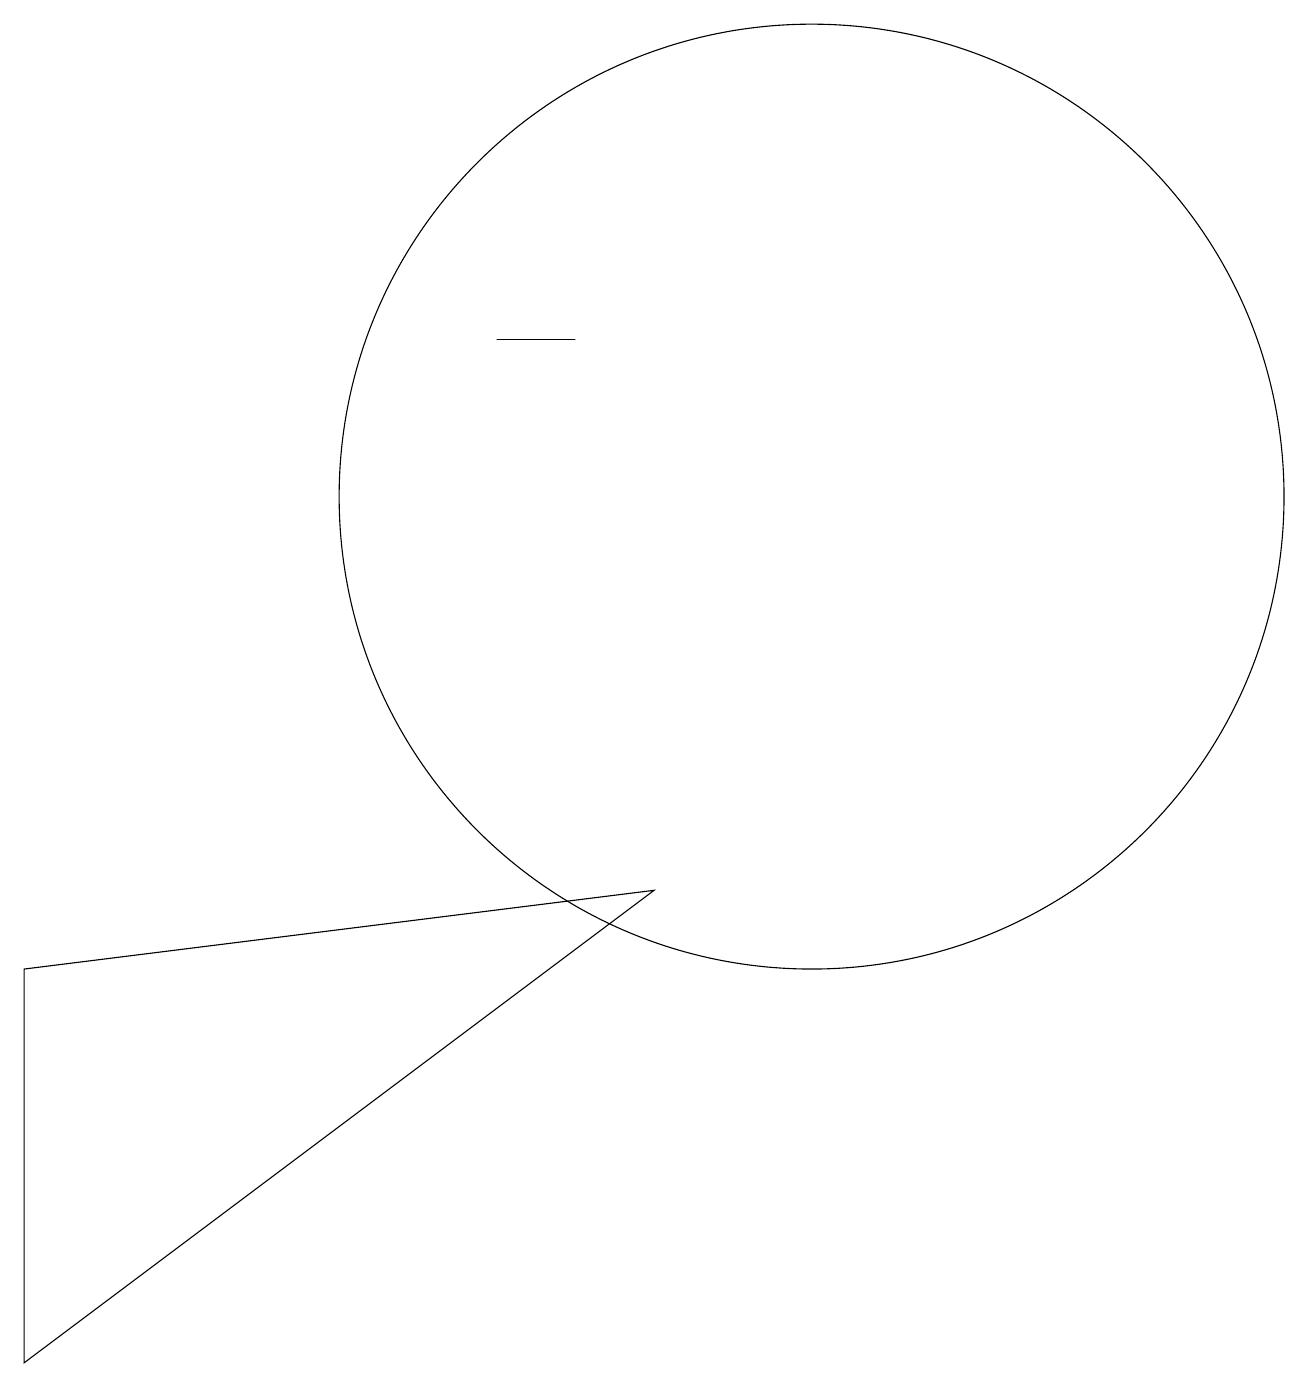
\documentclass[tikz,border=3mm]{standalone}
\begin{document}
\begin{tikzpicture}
\draw (8,6) -- (0,0) -- (0,5) -- cycle;
\draw (7,13) rectangle (6,13);
\draw (10,11) circle (6);
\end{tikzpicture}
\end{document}